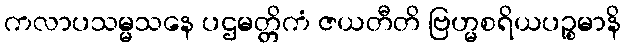
ကလာပသမ္မသနေ ပဌမတ္တိကံ ဇယတီတိ ဗြဟ္မစရိယပဉ္စမာနိ